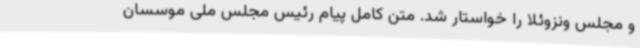
و مجلس ونزوئلا را خواستار شد. متن کامل پیام رئیس مجلس ملی موسسان